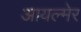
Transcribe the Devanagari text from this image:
आयल्मेर